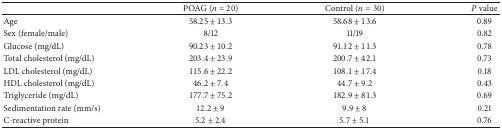
|  | POAG (n = 20) | Control (n = 30) | P value |
 | --- | --- | --- | --- |
 | Age | 58.25 ± 13.3 | 58.68 ± 13.6 | 0.89 |
 | Sex (female/male) | 8/12 | 11/19 | 0.82 |
 | Glucose (mg/dL) | 90.23 ± 10.2 | 91.12 ± 11.3 | 0.78 |
 | Total cholesterol (mg/dL) | 203.4 ± 23.9 | 200.7 ± 42.1 | 0.73 |
 | LDL cholesterol (mg/dL) | 115.6 ± 22.2 | 108.1 ± 17.4 | 0.18 |
 | HDL cholesterol (mg/dL) | 46.2 ± 7.4 | 44.7 ± 9.2 | 0.43 |
 | Triglyceride (mg/dL) | 177.7 ± 75.2 | 182.9 ± 81.3 | 0.69 |
 | Sedimentation rate (mm/s) | 12.2 ± 9 | 9.9 ± 8 | 0.21 |
 | C-reactive protein | 5.2 ± 2.4 | 5.7 ± 5.1 | 0.76 |